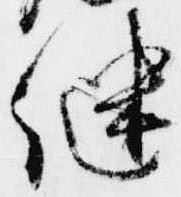
継